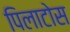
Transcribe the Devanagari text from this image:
पिलाटोस